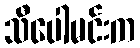
သီပေါမင်းက